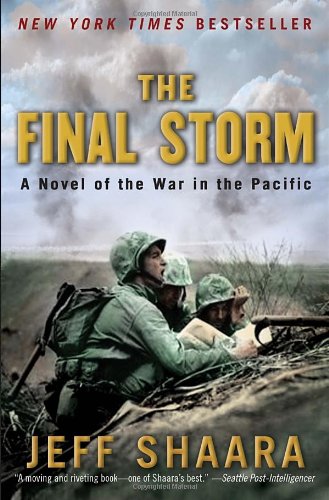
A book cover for The Final Storm: A Novel of the War in the Pacific (World War II); Jeff Shaara; Literature & Fiction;